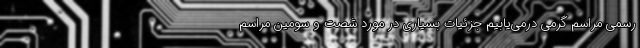
رسمی مراسم گرمی درمی‌یابیم جزئیات بسیاری در مورد شصت و سومین مراسم